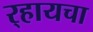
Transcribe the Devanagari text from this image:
र्‍हायचा